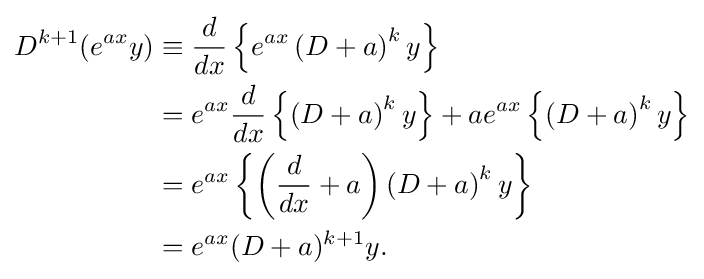
{\begin{aligned}D^{k+1}(e^{ax}y)&\equiv {\frac {d}{dx}}\left\{e^{ax}\left(D+a\right)^{k}y\right\}\\&{}=e^{ax}{\frac {d}{dx}}\left\{\left(D+a\right)^{k}y\right\}+ae^{ax}\left\{\left(D+a\right)^{k}y\right\}\\&{}=e^{ax}\left\{\left({\frac {d}{dx}}+a\right)\left(D+a\right)^{k}y\right\}\\&{}=e^{ax}(D+a)^{k+1}y.\end{aligned}}